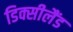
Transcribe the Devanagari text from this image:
डिक्सीलैंड